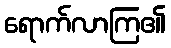
ရောက်လာကြ၏